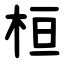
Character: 桓